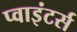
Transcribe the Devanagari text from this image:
प्वाइंटर्स